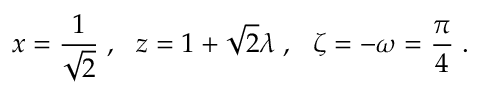
x = \frac { 1 } { \sqrt { 2 } } \; , ~ ~ z = 1 + \sqrt { 2 } \lambda \; , ~ ~ \zeta = - \omega = \frac { \pi } { 4 } \; .